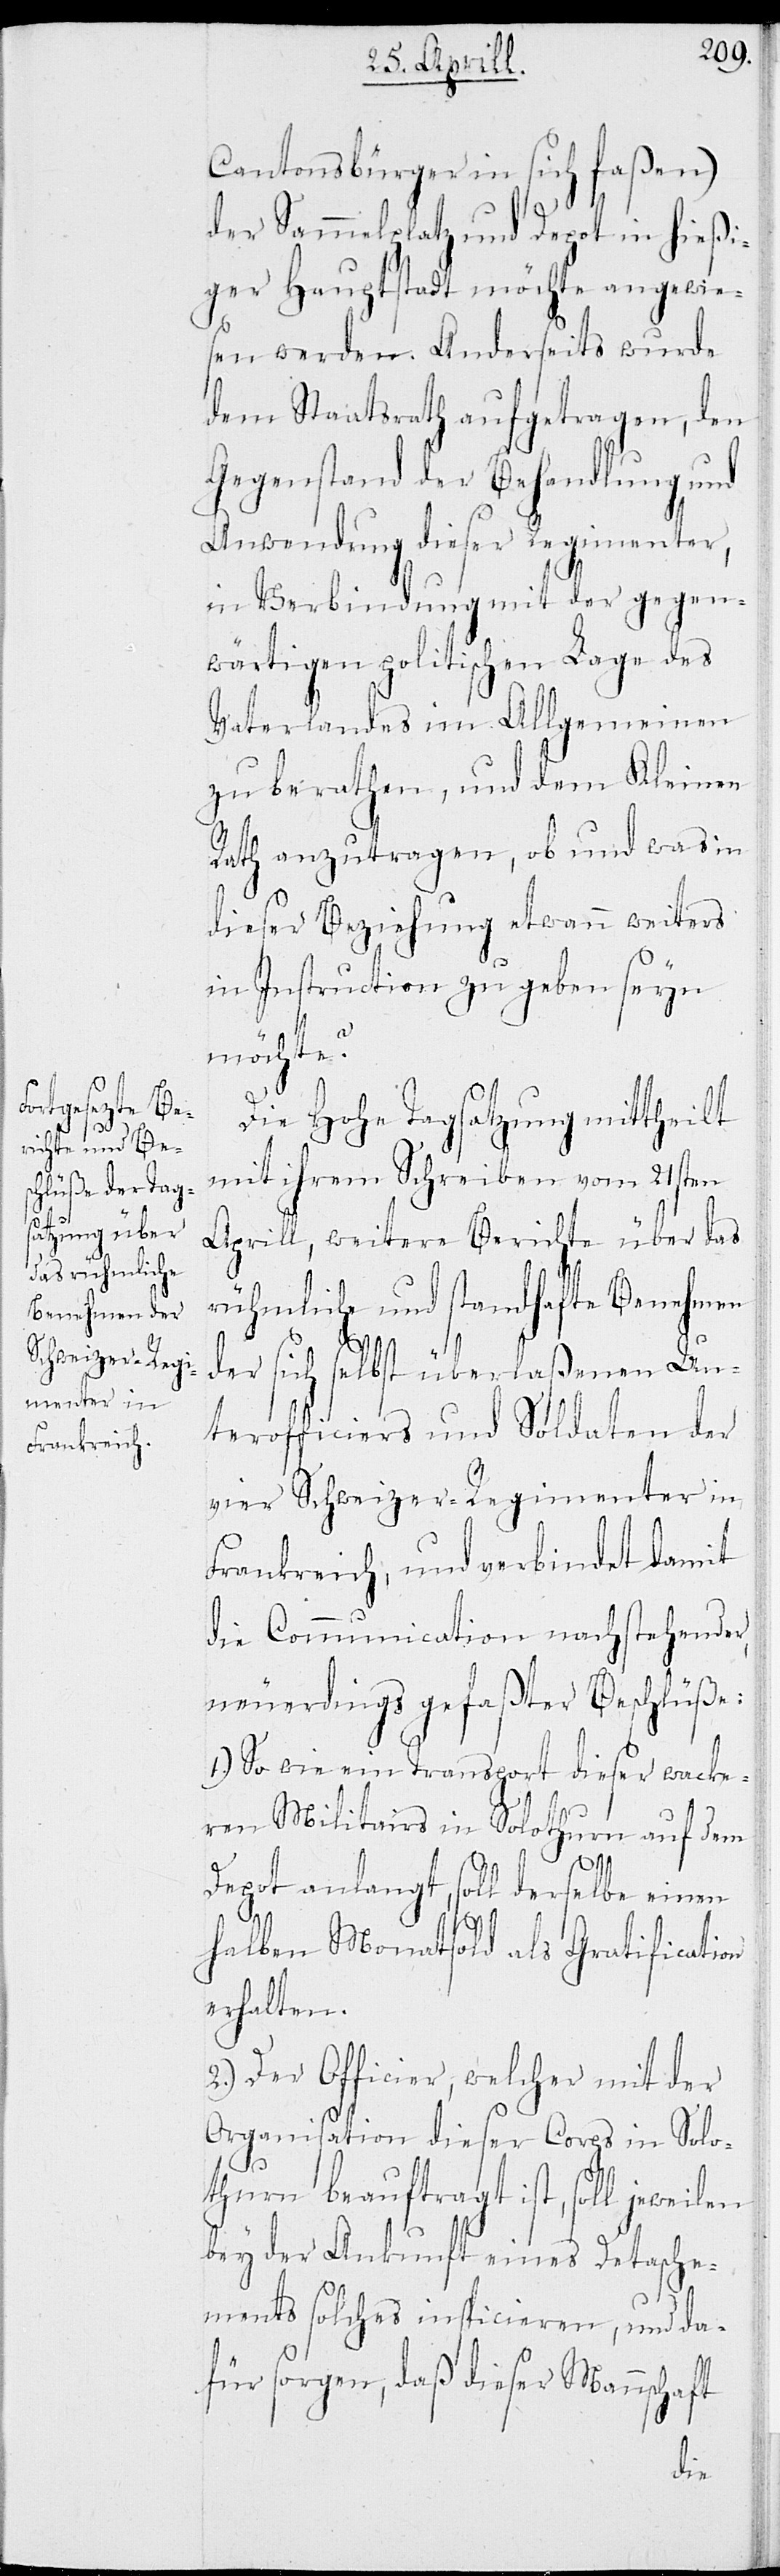
Cantonsbürger in sich faßen)
der Sammelplatz und Depot in hießi¬
ger Hauptstadt möchte angewie¬
sen werden. Anderseits wurde
dem Staatsrath aufgetragen, den
Gegenstand der Behandlung und
Anwendung dieser Regimenter,
in Verbindung mir der gegen¬
wärtigen politischen Lage des
Vaterlandes im Allgemeinen
zu berathen, und dem Kleinen
Rath anzutragen, ob und was in
dieser Beziehung etwann weiters
in Instruction zu geben seyn
möchte.
Die Hohe Tagsatzung mittheilt
mit ihrem Schreiben vom 21sten
Aprill, weitere Berichte über das
rühmliche und standhafte Benehmen
der sich selbst überlaßenen Un¬
terofficiers und Soldaten der
vier Schweizer-Regimenter in
Frankreich, und verbindet damit
die Communication nachstehender,
neuerdings gefaßter Beschlüße:
1.) So wie ein Transport dieser wacke¬
ren Militairs in Solothurn auf dem
Depot angelangt, soll derselbe einen
halben Monatslohn als Gratification
erhalten.
2.) Der Officier, welcher mit der
Organisation dieser Corps in Solo¬
thurn beauftragt ist, soll jeweilen
bey der Auskunft eines Detasche¬
ments solches inspicieren, und da¬
für sorgen, daß dieser Mannschaft